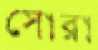
সোরা